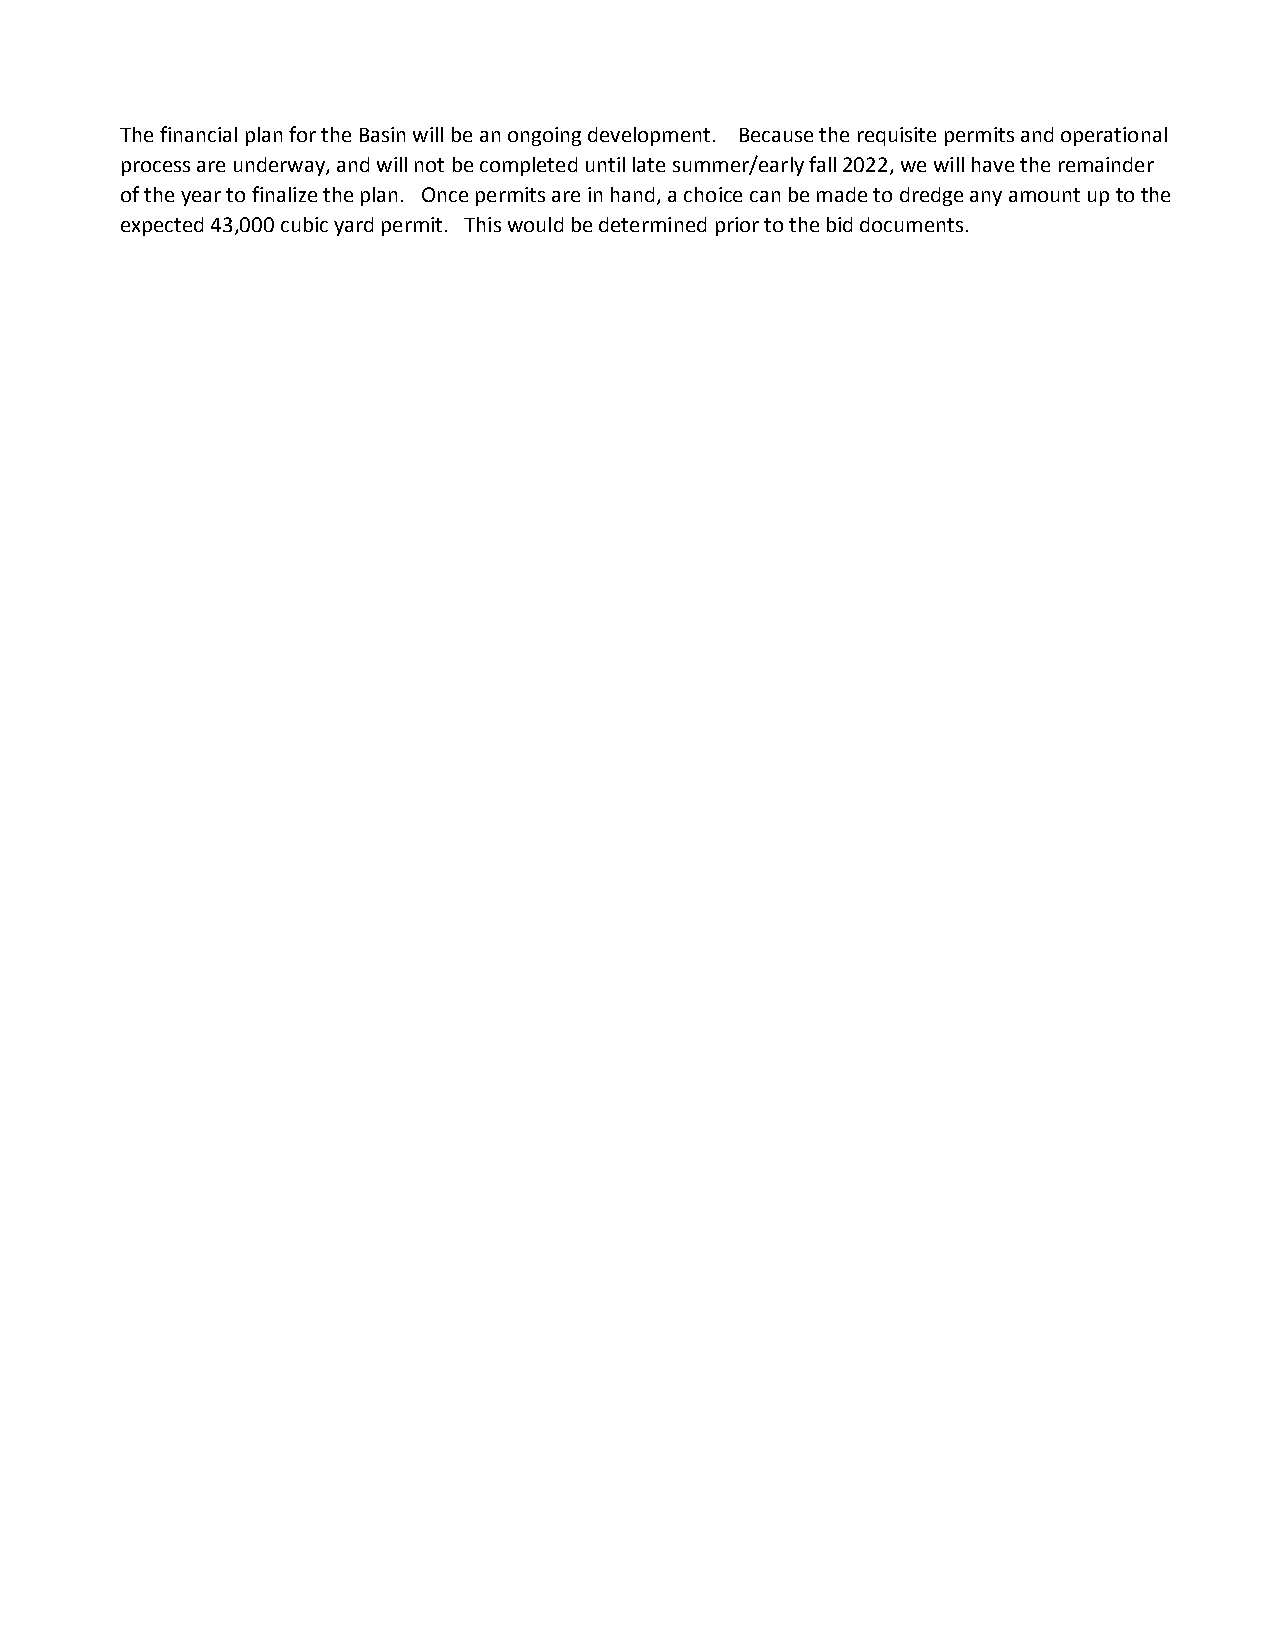
The financial plan for the Basin will be an ongoing development. Because the requisite permits and operational
 process are underway, and will not be completed until late summer/early fall 2022, we will have the remainder
 of the year to finalize the plan. Once permits are in hand, a choice can be made to dredge any amount up to the
 expected 43,000 cubic yard permit. This would be determined prior to the bid documents.